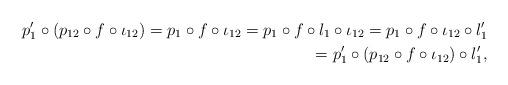
LaTeX: \begin{align*} p'_{1}\circ (p_{12}\circ f\circ \iota_{12})=p_{1}\circ f\circ \iota_{12}=p_{1}\circ f\circ l_{1}\circ \iota_{12} =p_{1}\circ f\circ \iota_{12}\circ l'_{1}\\ =p'_{1}\circ (p_{12}\circ f\circ \iota_{12})\circ l'_{1},\end{align*}